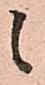
候